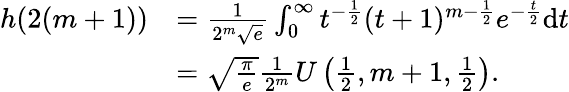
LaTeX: \begin{array}{rl}{h(2(m+1))}&{=\frac{1}{2^{m}\sqrt{e}}\int_{0}^{\infty}t^{-\frac{1}{2}}(t+1)^{m-\frac{1}{2}}e^{-\frac{t}{2}}\mathrm{d}t}\\ &{=\sqrt{\frac{\pi}{e}}\frac{1}{2^{m}}U\left(\frac{1}{2},m+1,\frac{1}{2}\right).}\end{array}